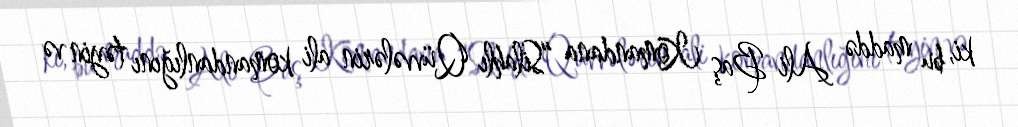
ki, bu maddə Ali Baş Komandana “Silahlı Qüvvələrin ali komandanlığını təyin və